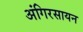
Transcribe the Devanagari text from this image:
अंगिरसायन